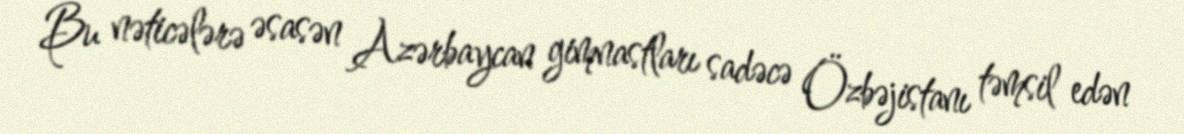
Bu nəticələrə əsasən Azərbaycan gimnastları sadəcə Özbəjistanı təmsil edən